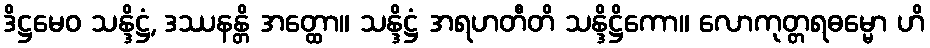
ဒိဋ္ဌမေဝ သန္ဒိဋ္ဌံ, ဒဿနန္တိ အတ္ထော။ သန္ဒိဋ္ဌံ အရဟတီတိ သန္ဒိဋ္ဌိကော။ လောကုတ္တရဓမ္မော ဟိ